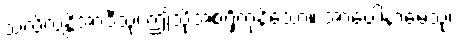
သလိလန္တိအာဒီသု၊ ဤသို့အစရှိကုနိသော။ အာပေါနာမေသု၊